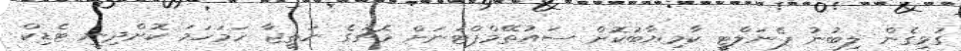
ގުޅިގެން ލިބުނު ޕެނަލްޓީ ކާމިޔާބުކޮށް ސައުތޭމްޕްޓަނަށް މެޗުގެ ނަތީޖާ ހަމަހަމަ ކޮށްދިނީ ޓެޑިކް